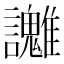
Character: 𧮓